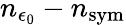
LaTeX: n_{\epsilon_{0}}-n_{\mathrm{sym}}